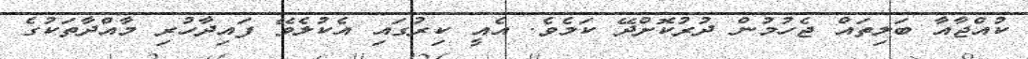
ކުއްޖާއާ ބަލިތައް ޖެހުމުން ދުރުކޮށްދޭ ކަމެވެ. އެއީ ކިރުގައި އެކުލެވޭ ފައިދާހުރި މާއްދާތަކުގެ